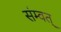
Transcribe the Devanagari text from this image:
संम्वत्